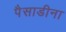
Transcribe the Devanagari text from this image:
पैसाडीना